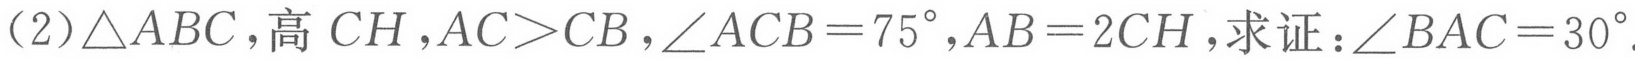
(2)\(\triangle ABC\)，高\(CH\)，\(AC > CB\)，\(\angle ACB = 75^{\circ}\)，\(AB = 2CH\)，求证：\(\angle BAC = 30^{\circ}\)